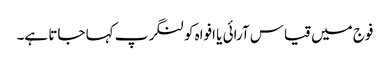
فوج میں قیاس آرائی یا افواہ کو لنگر پ کہا جاتا ہے۔